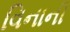
વિનાની